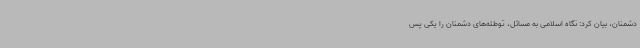
دشمنان، بیان کرد: نگاه اسلامی به مسائل، توطئه‌های دشمنان را یکی پس